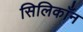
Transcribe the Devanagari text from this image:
सिलिकाँन